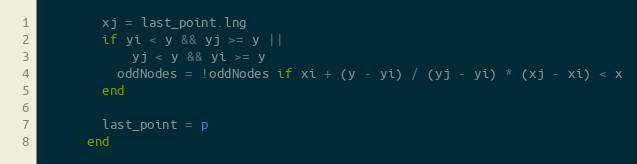
Language: Ruby
        xj = last_point.lng
        if yi < y && yj >= y ||
            yj < y && yi >= y
          oddNodes = !oddNodes if xi + (y - yi) / (yj - yi) * (xj - xi) < x
        end

        last_point = p
      end